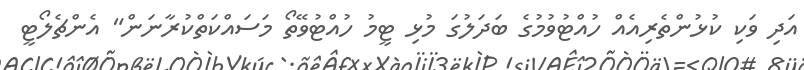
އަދި ވަކި ކުޅުންތެރިއެއް ހުއްޓުވުމުގެ ބަދަލުގަ މުޅި ޓީމު ހުއްޓުވޭތޯ މަސައްކަތްކުރާނަން" އެންޗެލޯޓީ